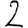
Digit: 2